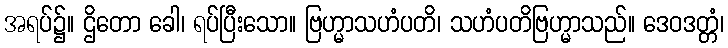
အရပ်၌။ ဌိတော ခေါ၊ ရပ်ပြီးသော။ ဗြဟ္မာသဟံပတိ၊ သဟံပတိဗြဟ္မာသည်။ ဒေဝဒတ္တံ၊